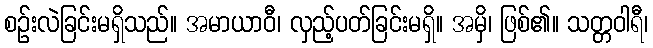
စဉ်းလဲခြင်းမရှိသည်။ အမာယာဝီ၊ လှည့်ပတ်ခြင်းမရှိ။ အမှိ၊ ဖြစ်၏။ သတ္တဝါရီ၊